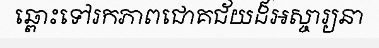
ឆ្ពោះទៅរកភាពជោគជ័យដ៏អស្ចារ្យនា